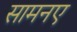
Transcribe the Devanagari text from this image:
सामनए